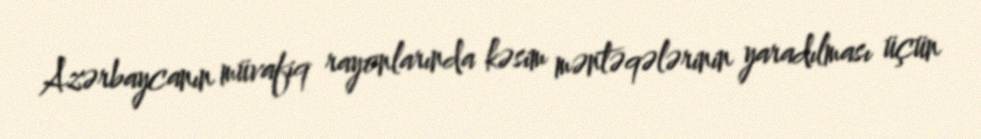
Azərbaycanın müvafiq rayonlarında kəsim məntəqələrinin yaradılması üçün